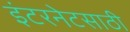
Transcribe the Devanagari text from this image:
इंटरनेटसाठी